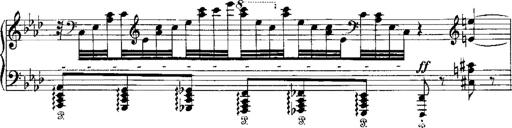
Title: Miserere du Trovatore
Composer: Franz Liszt